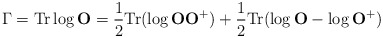
\begin{align*}\Gamma={\rm Tr}\log{\bf O}=\frac{1}{2}{\rm Tr}(\log {\bf O}{\bf O}^+)+\frac{1}{2}{\rm Tr}(\log {\bf O}-\log{\bf O}^+)\end{align*}